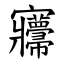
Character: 㝲